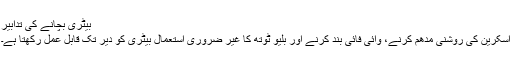
بیٹری بچانے کی تدابیر
اسکرین کی روشنی مدھم کرنے، وائی فائی بند کرنے اور بلیو ٹوتھ کا غیر ضروری استعمال بیٹری کو دیر تک قابلِ عمل رکھتا ہے۔